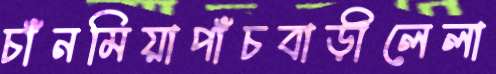
চাঁনমিয়াপাঁচবাড়ীলেলা